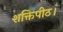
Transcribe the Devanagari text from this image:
शक्तिपीठ।